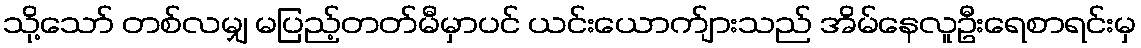
သို့သော် တစ်လမျှ မပြည့်တတ်မီမှာပင် ယင်းယောက်ျားသည် အိမ်နေလူဦးရေစာရင်းမှ